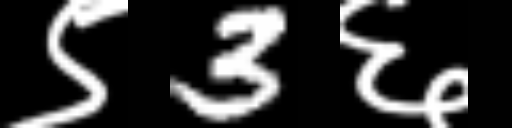
Text: ९3६